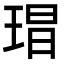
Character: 𭹕